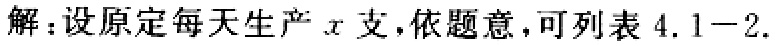
解：设原定每天生产\(x\)支，依题意，可列表 \(4.1 - 2\).